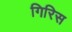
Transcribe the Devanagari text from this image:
गिरिस